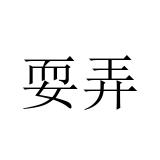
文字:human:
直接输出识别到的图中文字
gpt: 耍弄